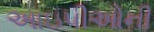
આઇપીઓની